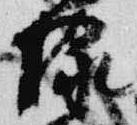
緑